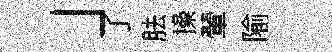
」了胠操翬隃